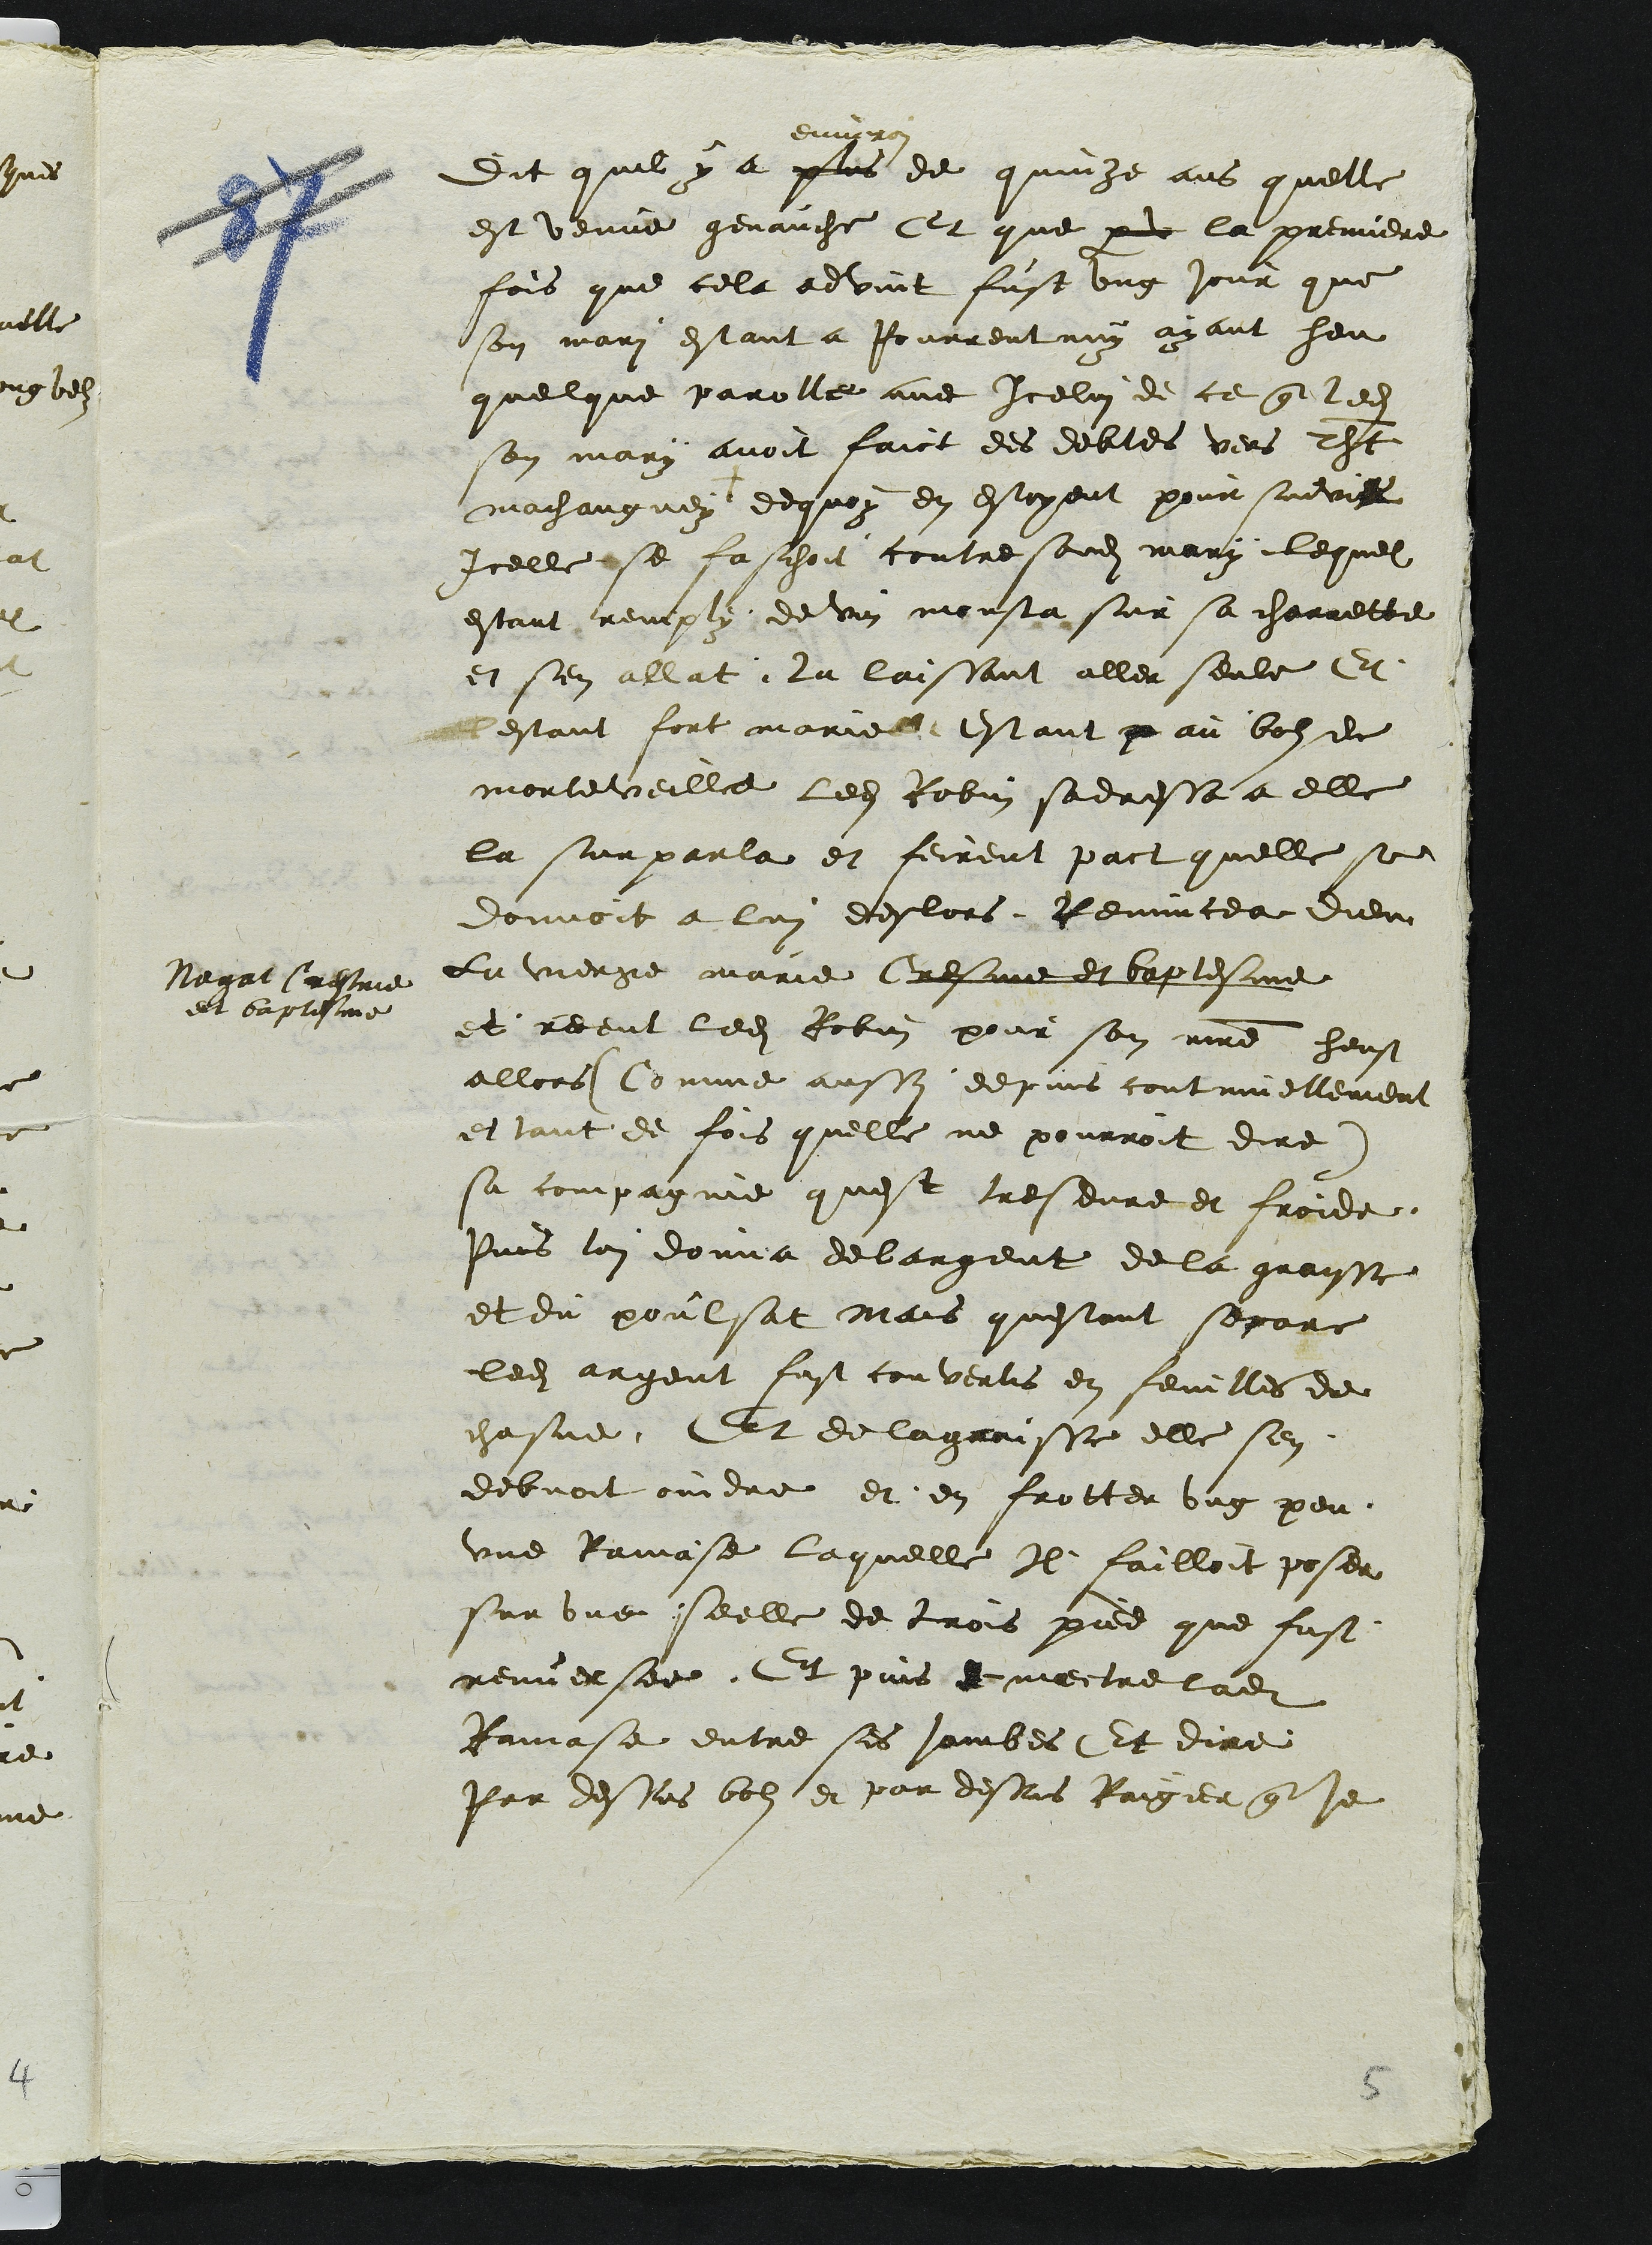
Dit quil y a plus
environ
de quinze ans quelle
est venue genauche Et que parv la premiere
fois que cela advint fust ung jour que
son mari estant a Pourrentruy ayant heu
quelque parolle avec icelui de ce que ledit
son mary avoit faict des debtes vers Thiebaut
machangney + dequoy en estoyent pour suivis
Icelle se faschoit contre sondit mary, lequel
estant remply de vin monsta sur sa charretbe
et sen allat la laissant aller seule Et
estant fort marie Estant p au boz de
morteveille ledit Robin sadressa a elle
la surparla et feirent pact quelle se
donnoit a lui deslors Renuncea dieu
La vierge marie Cresme et baptesme
et receut ledit Robin pour son maitre heust
allors (Comme aussy depuis continuellement
et tant de fois quelle ne pourroit dire)
sa compagnie quest tresdure et froide
Puis lui donna de largent de la graisse
et du poulsat Mais questant separe
ledit argent fust convertis en feuilles de
chasne Et de la graisse elle sen
debvoit oindre et en frotter ung peu
une Ramase laquelle Il failloit poser
sur une seelle de trois pied que fust
renuersee. Et puis de mectre ladite
Ramasee entre ses jambes Et dire
Par dessus bolz et par dessus Raigier que je

Negat Cresme
et baptesme